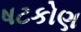
ષટકોણ